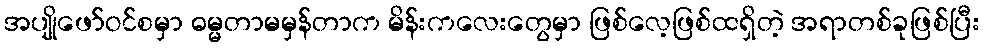
အပျိုဖော်ဝင်စမှာ ဓမ္မတာမမှန်တာက မိန်းကလေးတွေမှာ ဖြစ်လေ့ဖြစ်ထရှိတဲ့ အရာတစ်ခုဖြစ်ပြီး